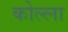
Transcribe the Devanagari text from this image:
कोल्ला